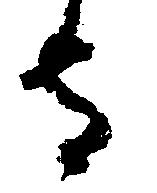
守